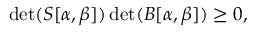
\operatorname* { d e t } ( S [ \alpha , \beta ] ) \operatorname* { d e t } ( B [ \alpha , \beta ] ) \ge 0 ,